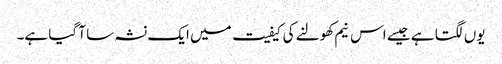
یوں لگتا ہے جیسے اس نیم کھولنے کی کیفیت میں ایک نشہ سا آ گیا ہے۔